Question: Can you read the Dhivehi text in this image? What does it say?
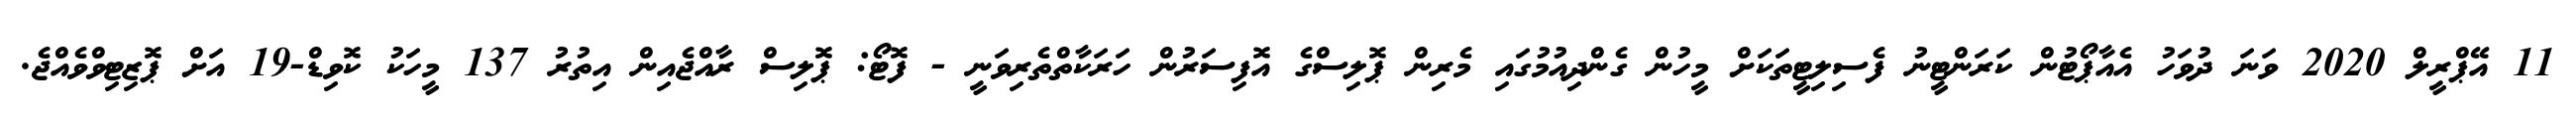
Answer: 11 އޭޕްރީލް 2020 ވަނަ ދުވަހު އެއާޕޯޓުން ކަރަންޓީނު ފެސިލިޓީތަކަށް މީހުން ގެންދިއުމުގައި މެރިން ޕޮލިސްގެ އޮފިސަރުން ހަރަކާތްތެރިވަނީ - ފޮޓޯ: ޕޮލިސް ރާއްޖެއިން އިތުރު 137 މީހަކު ކޮވިޑް-19 އަށް ޕޮޒިޓިވްވެއްޖެ.